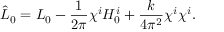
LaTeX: \hat { L } _ { 0 } = L _ { 0 } - \frac { 1 } { 2 \pi } \chi ^ { i } H _ { 0 } ^ { i } + \frac { k } { 4 \pi ^ { 2 } } \chi ^ { i } \chi ^ { i } .